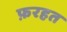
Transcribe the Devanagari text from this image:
फ़रहत